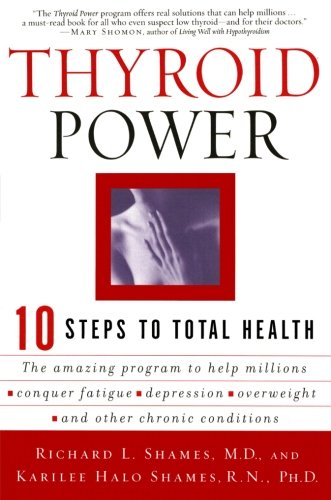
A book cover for Thyroid Power: Ten Steps to Total Health; Richard Shames; Health, Fitness & Dieting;